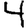
Digit: 4